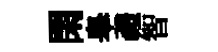
閑皋禮智